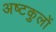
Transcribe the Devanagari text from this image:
अष्टकुलों